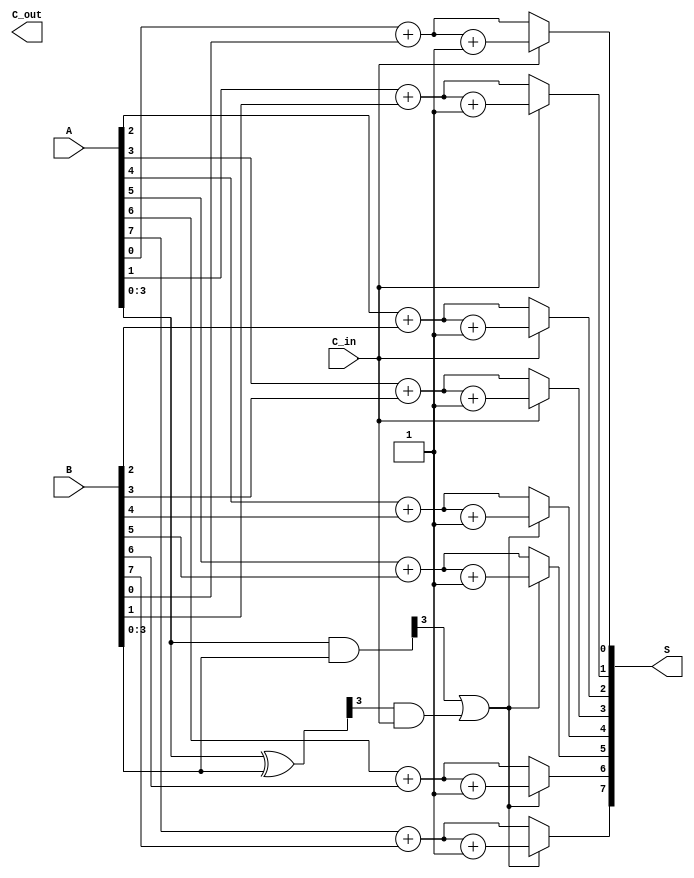
module ParallelPrefixCarrySelectAdder #(parameter N = 8) (
    input wire [N-1:0] A,
    input wire [N-1:0] B,
    input wire C_in,
    output wire [N-1:0] S,
    output wire C_out
);

    // Generate and Propagate signals
    wire [N-1:0] G; // Generate
    wire [N-1:0] P; // Propagate

    assign G = A & B;
    assign P = A ^ B;

    // Intermediate carries for carry select
    wire [N/4:0] C; // Carry signals for each group
    wire [N-1:0] S0; // Sums when C_in = 0
    wire [N-1:0] S1; // Sums when C_in = 1

    // Calculate carry for each group and select sums
    genvar i;
    generate
        for (i = 0; i < N; i = i + 1) begin : carry_generation
            if (i == 0) begin
                // Initial carry
                assign C[0] = C_in;
            end else if (i % 4 == 0) begin
                // Compute carry for each group
                assign C[i/4] = G[i-1] | (P[i-1] & C[i/4-1]);
            end
        end

        // Compute S0 and S1
        for (i = 0; i < N; i = i + 1) begin : sum_calculation
            assign S0[i] = A[i] + B[i]; // sum when C_in = 0
            assign S1[i] = A[i] + B[i] + 1; // sum when C_in = 1
        end
    endgenerate

    // Select final sum based on carry outputs
    generate
        for (i = 0; i < N; i = i + 1) begin : final_sum
            if (i < 4) begin
                assign S[i] = C[0] ? S1[i] : S0[i];
            end else if (i < 8) begin
                assign S[i] = C[1] ? S1[i] : S0[i];
            end 
            // Additional groups can be handled similarly
        end
    endgenerate

    // Final carry-out is the carry from the last group
    assign C_out = C[N/4];

endmodule